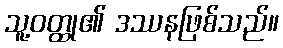
သူ့ဝတ္ထု၏ ဒဿနဖြစ်သည်။